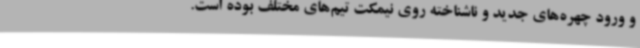
و ورود چهره‌های جدید و ناشناخته روی نیمکت تیم‌های مختلف بوده است.